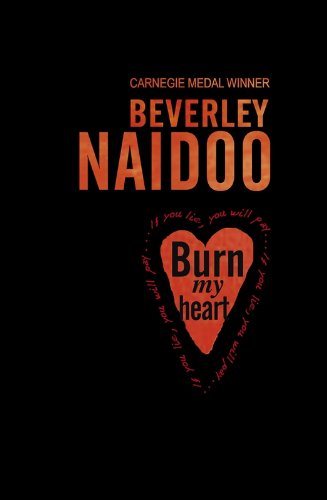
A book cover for Burn My Heart; Beverley Naidoo; Teen & Young Adult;